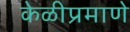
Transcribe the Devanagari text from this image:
केळीप्रमाणे